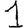
Digit: 1